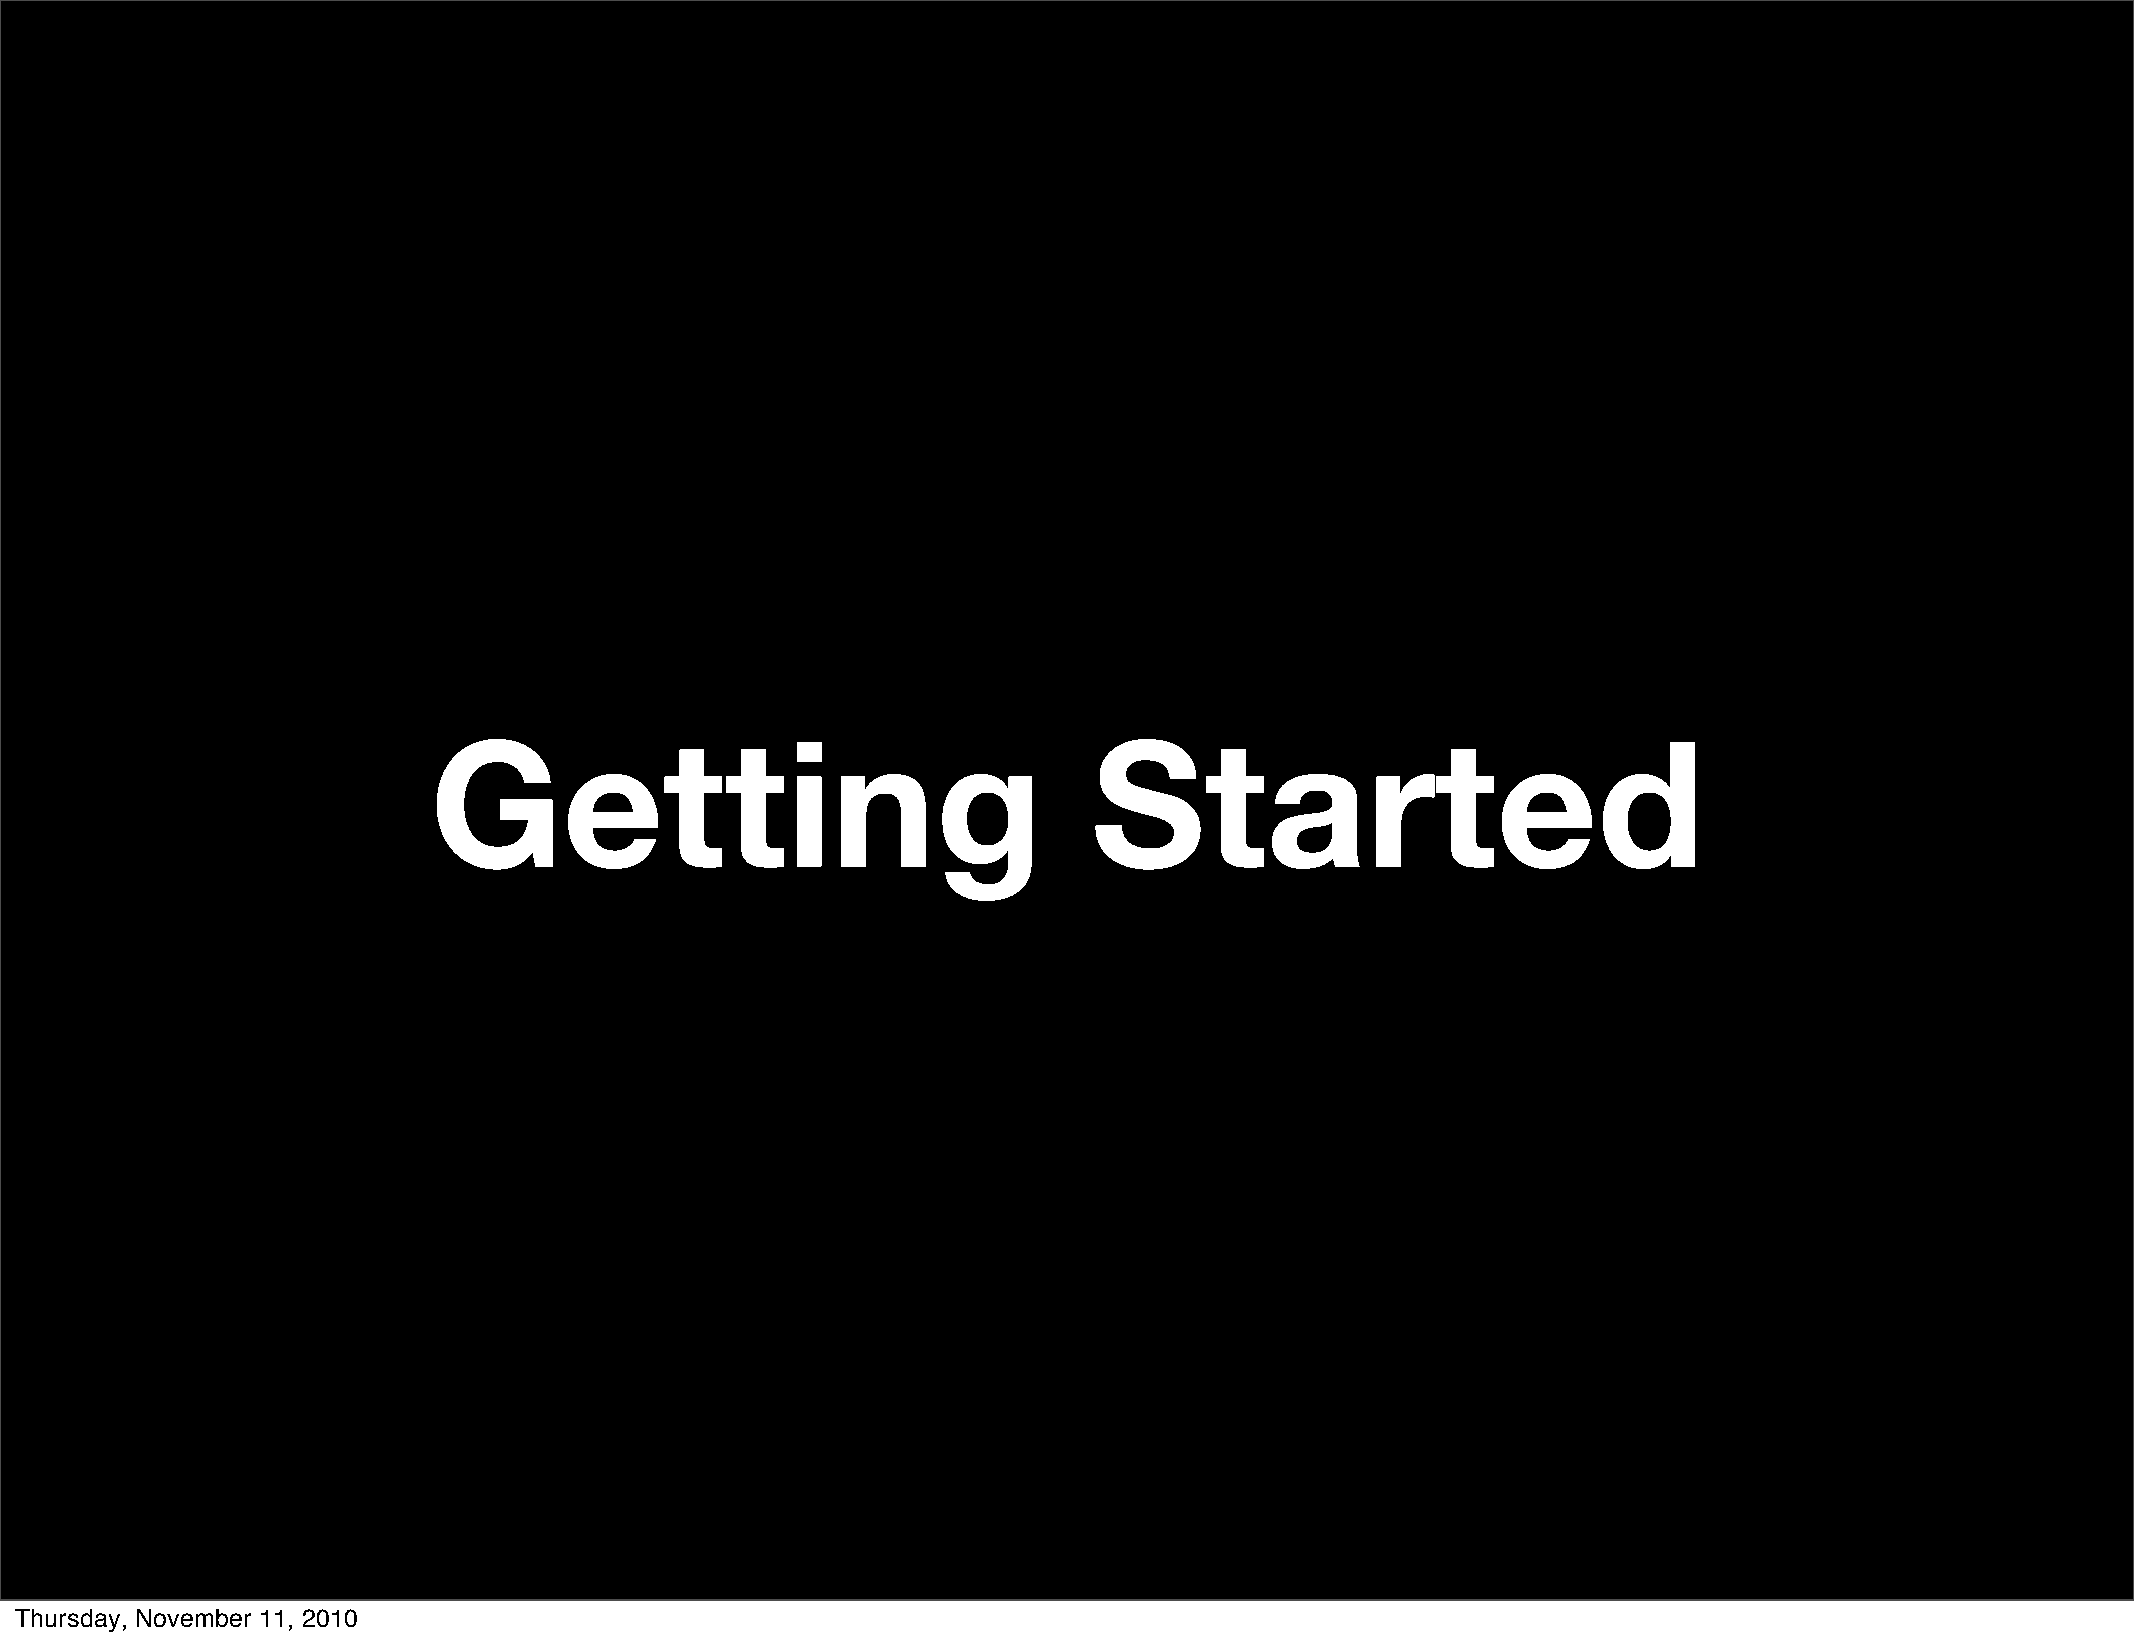
Getting                                     Started
 Thursday, November 11, 2010